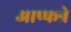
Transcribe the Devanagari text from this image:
आप्फन्रे